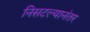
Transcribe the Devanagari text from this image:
निसटल्यानंतर